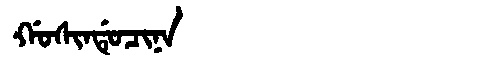
Manchu: ᡤᠣᠰᡳᠨᡩᡠᠴᡳᠨᠠ
Romanization: GOSINDUCINA